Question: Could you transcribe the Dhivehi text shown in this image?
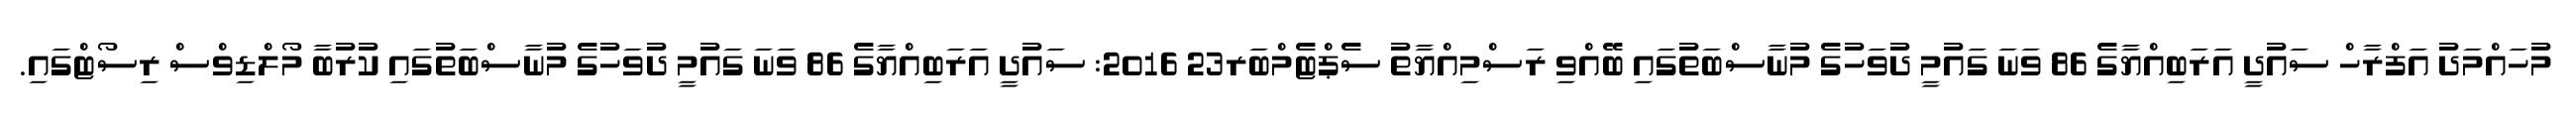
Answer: މުހައްމަދު އަފްރާހް ސައުދީ އަރަބިއްޔާގެ 86 ވަނަ ގައުމީ ދުވަހުގެ މުނާސްބަތުގައި ބޭއްވި ރަސްމިއްޔާތު ސެޕްޓެމްބަރ23 2016: ސައުދީ އަރަބިއްޔާގެ 86 ވަނަ ގައުމީ ދުވަހުގެ މުނާސްބަތުގައި ކުރުބާ މޯލްޑިވްސް ރިސޯޓްގައި.